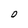
Character: D